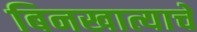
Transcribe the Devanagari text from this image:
बिनखात्याचे